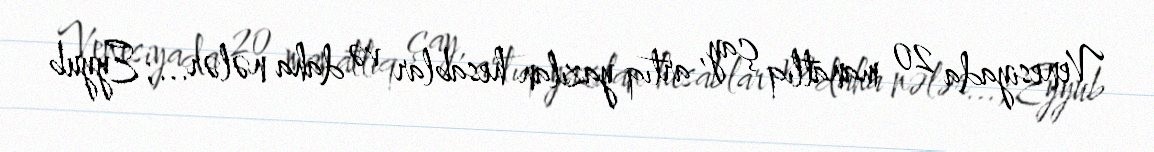
Venesiyada 20 manatlıq çay, artıq yazılan hesablar və daha nələr...; Eyyub